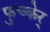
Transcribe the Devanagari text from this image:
फुच्केर्